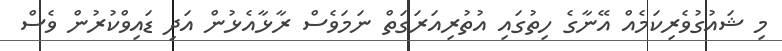
މި ޝައުގުވެރިކަމެއް އޭނާގެ ހިތުގައި އުތުރިއަރަގަތް ނަމަވެސް ރާޅާއެޅުން އަދި ޑައިވްކުރުން ވެސް